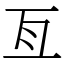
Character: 亙